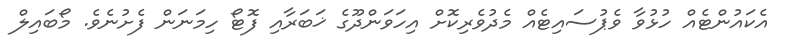
އެކައުންޓެއް ހުޅުވާ ވެޕުސައިޓެއް މެދުވެރިކޮށް އިހަވަންދޫގެ ޚަބަރާއި ފޮޓޯ ހިމަނަން ފެށުނެވެ. މޯބައިލް